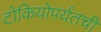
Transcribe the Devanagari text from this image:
टोकियोपर्यंतची